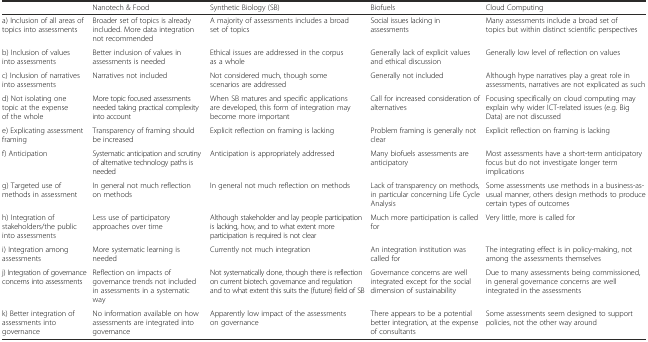
|  | Nanotech & Food | Synthetic Biology (SB) | Biofuels | Cloud Computing |
 | --- | --- | --- | --- | --- |
 | a) Inclusion of all areas of topics into assessments | Broader set of topics is already included. More data integration not recommended | A majority of assessments includes a broad set of topics | Social issues lacking in assessments | Many assessments include a broad set of topics but within distinct scientific perspectives |
 | b) Inclusion of values into assessments | Better inclusion of values in assessments is needed | Ethical issues are addressed in the corpus as a whole | Generally lack of explicit values and ethical discussion | Generally low level of reflection on values |
 | c) Inclusion of narratives into assessments | Narratives not included | Not considered much, though some scenarios are addressed | Generally not included | Although hype narratives play a great role in assessments, narratives are not explicated as such |
 | d) Not isolating one topic at the expense of the whole | More topic focused assessments needed taking practical complexity into account | When SB matures and specific applications are developed, this form of integration may become more important | Call for increased consideration of alternatives | Focusing specifically on cloud computing may explain why wider ICT-related issues (e.g. Big Data) are not discussed |
 | e) Explicating assessment framing | Transparency of framing should be increased | Explicit reflection on framing is lacking | Problem framing is generally not clear | Explicit reflection on framing is lacking |
 | f) Anticipation | Systematic anticipation and scrutiny of alternative technology paths is needed | Anticipation is appropriately addressed | Many biofuels assessments are anticipatory | Most assessments have a short-term anticipatory focus but do not investigate longer term implications |
 | g) Targeted use of methods in assessment | In general not much reflection on methods | In general not much reflection on methods | Lack of transparency on methods, in particular concerning Life Cycle Analysis | Some assessments use methods in a business-as-usual manner, others design methods to produce certain types of outcomes |
 | h) Integration of stakeholders/the public into assessments | Less use of participatory approaches over time | Although stakeholder and lay people participation is lacking, how, and to what extent more participation is required is not clear | Much more participation is called for | Very little, more is called for |
 | i) Integration among assessments | More systematic learning is needed | Currently not much integration | An integration institution was called for | The integrating effect is in policy-making, not among the assessments themselves |
 | j) Integration of governance concerns into assessments | Reflection on impacts of governance trends not included in assessments in a systematic way | Not systematically done, though there is reflection on current biotech. governance and regulation and to what extent this suits the (future) field of SB | Governance concerns are well integrated except for the social dimension of sustainability | Due to many assessments being commissioned, in general governance concerns are well integrated in the assessments |
 | k) Better integration of assessments into governance | No information available on how assessments are integrated into governance | Apparently low impact of the assessments on governance | There appears to be a potential better integration, at the expense of consultants | Some assessments seem designed to support policies, not the other way around |